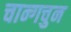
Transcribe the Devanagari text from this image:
चान्गचुन